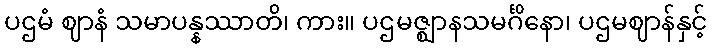
ပဌမံ ဈာနံ သမာပန္နဿာတိ၊ ကား။ ပဌမဇ္ဈာနသမင်္ဂိနော၊ ပဌမဈာန်နှင့်